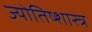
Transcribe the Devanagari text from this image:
ज्योतिष्शास्त्र